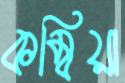
কম্বিয়া